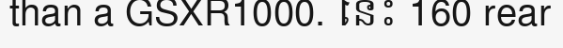
than a GSXR1000. នេះ 160 rear